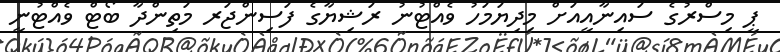
ޕީ މިސްރުގެ ސައިނާއީއަށް މިދިޔަމަހު ވެއްޓުނު ރަޝިޔާގެ ފަސިންޖަރ މަތިންދާ ބޯޓް ވެއްޓުނީ